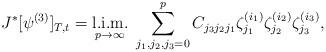
LaTeX: \begin{align*}J^{*}[\psi^{(3)}]_{T,t}=\hbox{\vtop{\offinterlineskip\halign{\hfil#\hfil\cr{\rm l.i.m.}\cr$\stackrel{}{{}_{p\to \infty}}$\cr}} }\sum\limits_{j_1, j_2, j_3=0}^{p}C_{j_3 j_2 j_1}\zeta_{j_1}^{(i_1)}\zeta_{j_2}^{(i_2)}\zeta_{j_3}^{(i_3)},\end{align*}